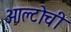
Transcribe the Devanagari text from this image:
आल्टोची